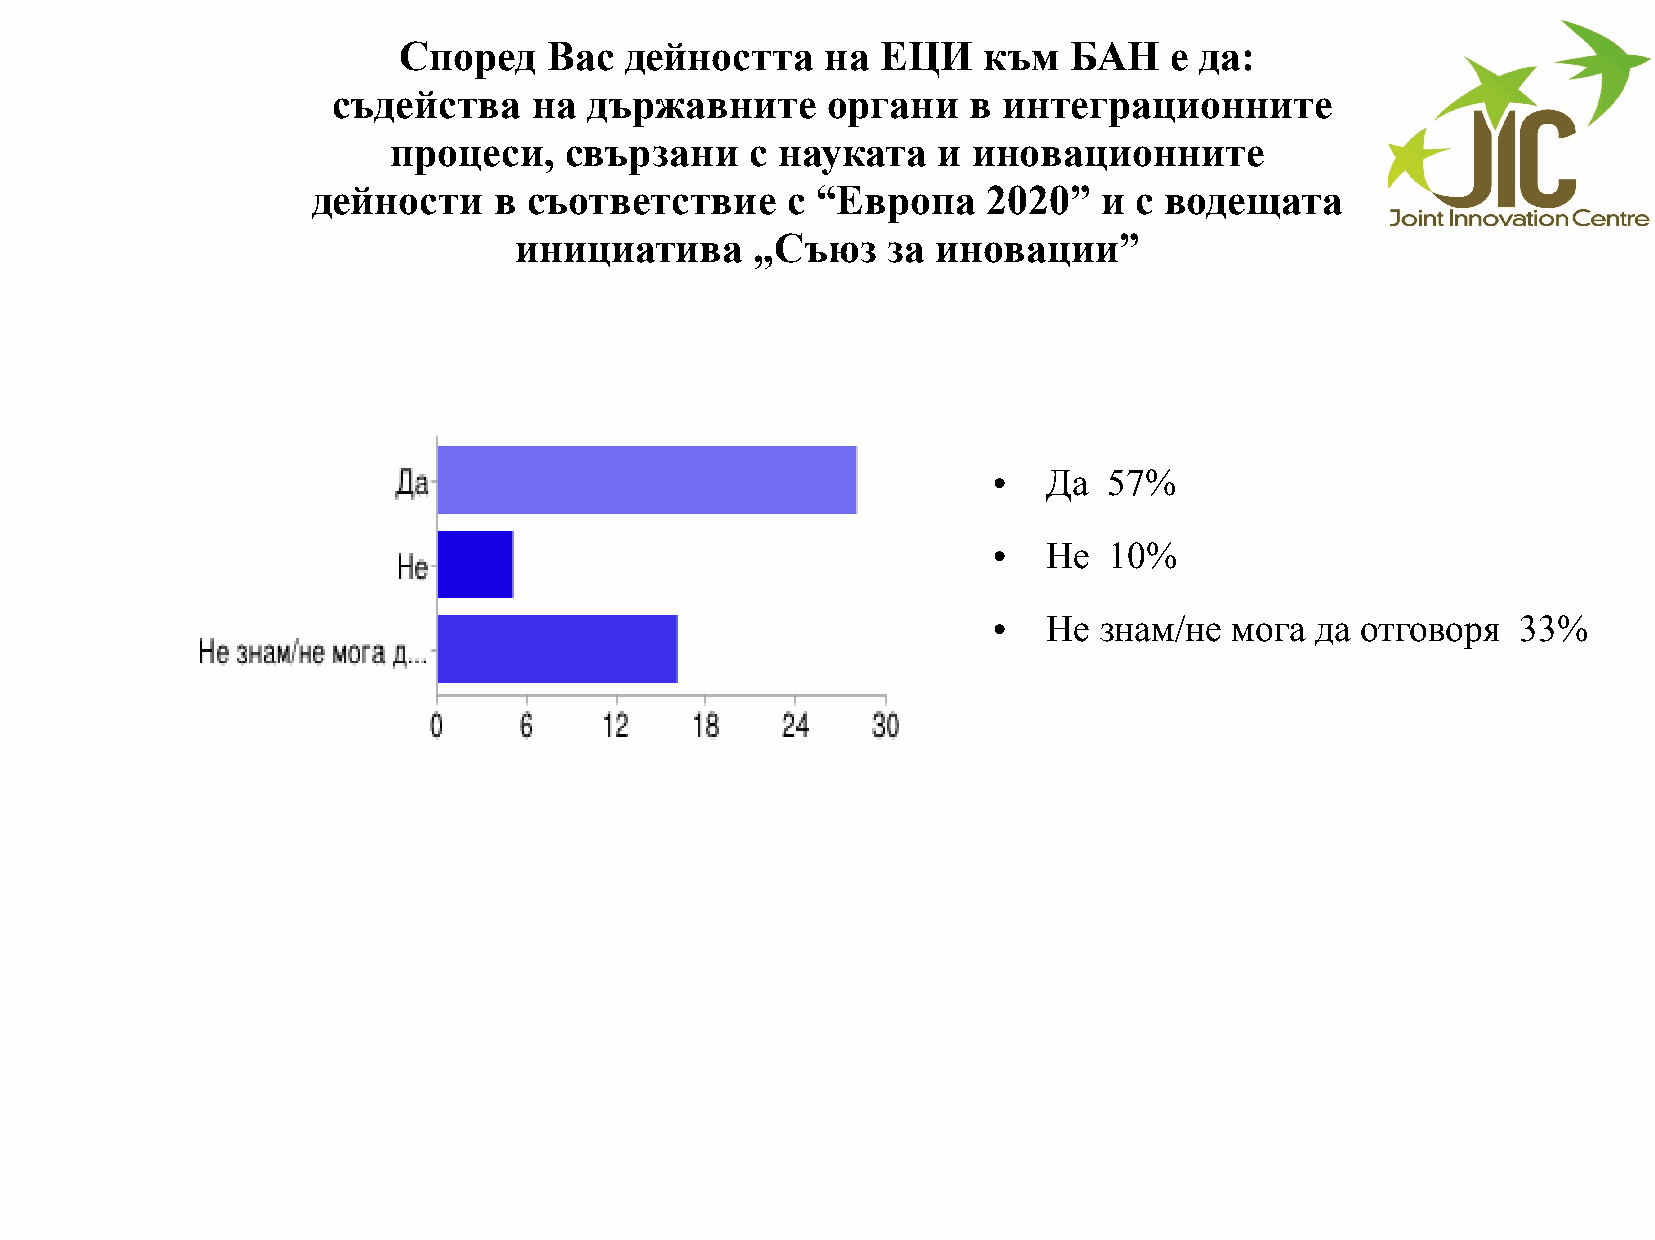
Според    Вас  дейността     на ЕЦИ    към   БАН   е да:
 съдейства    на  държавните      органи   в интеграционните
 процеси,   свързани     с науката   и инoвационните
 дейности    в съответствие     с “Европа    2020”   и с водещата
 инициатива      „Съюз    за иновации”
 Да  57%
 ●
 Не  10%
 ●
 Не  знам/не мога  да отговоря   33%
 ●